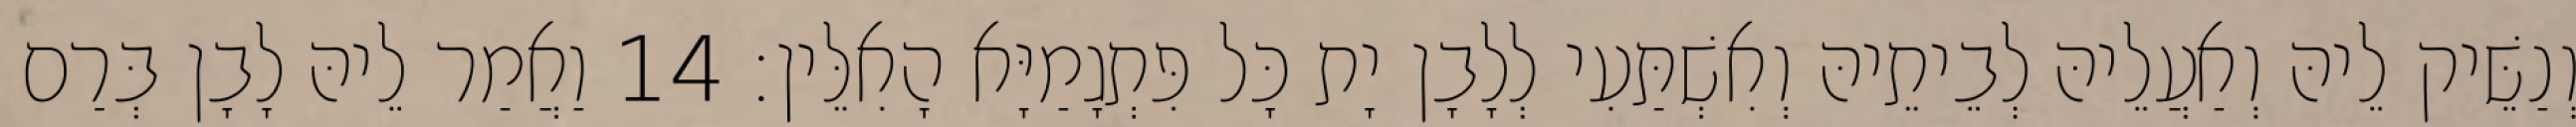
וְנַשֵּׁיק לֵיהּ וְאַעֲלֵיהּ לְבֵיתֵיהּ וְאִשְׁתַּעִי לְלָבָן יָת כָּל פִּתְגָמַיָּא הָאִלֵּין׃ 14 וַאֲמַר לֵיהּ לָבָן בְּרַם